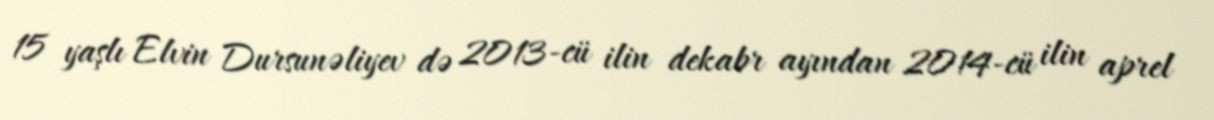
15 yaşlı Elvin Dursunəliyev də 2013-cü ilin dekabr ayından 2014-cü ilin aprel